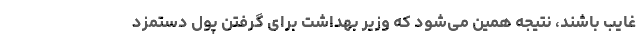
غایب باشند، نتیجه همین می‌شود که وزیر بهداشت برای گرفتن پول دستمزد